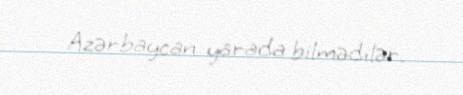
Azərbaycan yarada bilmədilər.